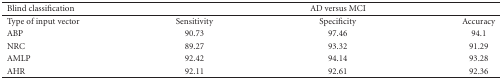
| Blind classification | <COLSPAN=3> AD versus MCI |
 | --- | --- | --- | --- |
 | Type of input vector | Sensitivity | Specificity | Accuracy |
 | ABP | 90.73 | 97.46 | 94.1 |
 | NRC | 89.27 | 93.32 | 91.29 |
 | AMLP | 92.42 | 94.14 | 93.28 |
 | AHR | 92.11 | 92.61 | 92.36 |